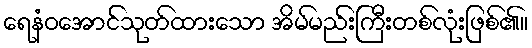
ရေနံဝအောင်သုတ်ထားသော အိမ်မည်းကြီးတစ်လုံးဖြစ်၏။